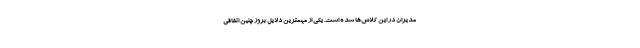
مدیران در این کلاس‌ها شده است. یکی از مهمترین دلایل بروز چنین اتفاقی